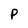
Character: P